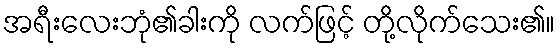
အရီးလေးဘုံ၏ခါးကို လက်ဖြင့် တို့လိုက်သေး၏။